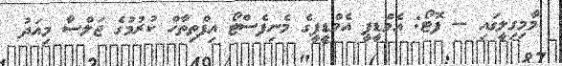
މާމިގިލީގައި -- ފޮޓޯ: އެމްޑީޕީ އެމްޑީޕީގެ މެނިފެސްޓޯ އިފްތިތާހް ކުރުމުގެ ޖަލްސާ މިއަދު